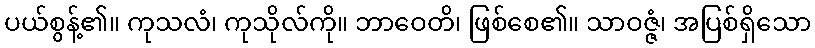
ပယ်စွန့်၏။ ကုသလံ၊ ကုသိုလ်ကို။ ဘာဝေတိ၊ ဖြစ်စေ၏။ သာဝဇ္ဇံ၊ အပြစ်ရှိသော